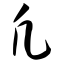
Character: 凡